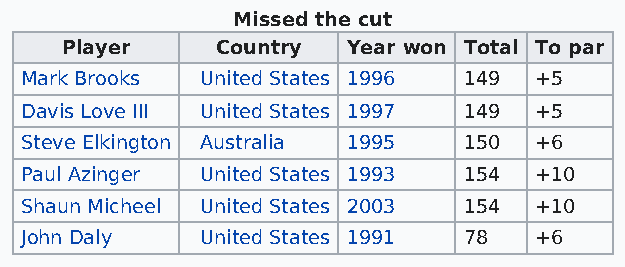
Missed the cut
 Player    Country  Year won Total To par
 Mark Brooks United States 1996 149 +5
 Davis Love III United States 1997 149 +5
 Steve Elkington Australia 1995 150 +6
 Paul Azinger United States 1993 154 +10
 Shaun Micheel United States 2003 154 +10
 John Daly   United States 1991 78 +6